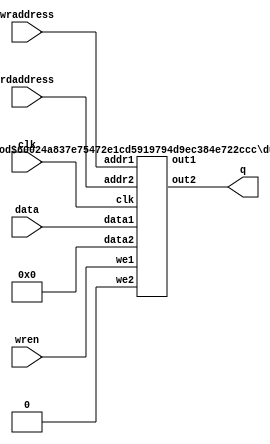
`define TRIG_WIDTH 5'b01010 //10;
`define PIPELINE_DEPTH_UPPER_LIMIT 10'b0100000000 //256;
`define ABSORB_ADDR_WIDTH 6'b010000 //16;
`define ABSORB_WORD_WIDTH 7'b01000000 //64;
`define WSCALE 22'b0111010100101111111111 //1919999;
//`define BIT_WIDTH 7'b0100000
//`define LAYER_WIDTH 6'b000011 
`define LEFTSHIFT 6'b000011         // 2^3=8=1/0.125 where 0.125 = CHANCE of roulette
`define INTCHANCE 32'b00100000000000000000000000000000 //Based on 32 bit rand num generator
`define MIN_WEIGHT 9'b011001000 
`define BIT_WIDTH 7'b0100000
`define LAYER_WIDTH 6'b000011
`define INTMAX 32'b01111111111111111111111111111111
`define INTMIN 32'b10000000000000000000000000000000
`define DIVIDER_LATENCY 6'b011110
`define FINAL_LATENCY 6'b011100
`define MULT_LATENCY 1'b1
`define ASPECT_RATIO 6'b000111
`define TOTAL_LATENCY 7'b0111100
//`define BIT_WIDTH 6'b100000
//`define LAYER_WIDTH 6'b000011
`define LOGSCALEFACTOR 6'b000101
`define MAXLOG 32'b10110001011100100001011111110111		//Based on 32 bit unsigned rand num generator
`define CONST_MOVE_AMOUNT 15'b110000110101000  //Used for testing purposes only
`define MUTMAX_BITS 6'b001111
//`define BIT_WIDTH 6'b100000
//`define LAYER_WIDTH 6'b000011
//`define INTMAX 32'b01111111111111111111111111111111
//`define INTMIN 32'b10000000000000000000000000000000
//`define BIT_WIDTH 7'b0100000
`define MANTISSA_PRECISION 6'b001010
`define LOG2_BIT_WIDTH 6'b000110
`define LOG2 28'b0101100010111001000010111111
`define NR 10'b0100000000             
`define NZ 10'b0100000000              
`define NR_EXP 5'b01000              //meaning `NR=2^`NR_exp or 2^8=256
`define RGRID_SCLAE_EXP 6'b010101    //2^21 = RGRID_SCALE
`define ZGRID_SCLAE_EXP 6'b010101    //2^21 = ZGRID_SCALE
//`define BIT_WIDTH 7'b0100000
`define BIT_WIDTH_2 8'b01000000
`define WORD_WIDTH 8'b01000000
`define ADDR_WIDTH 6'b010000          //256x256=2^8*2^8=2^16
`define DIV 6'b010100//20;
`define SQRT 5'b01010 //10;
`define LAT 7'b0100101 //DIV + SQRT + 7;
`define INTMAX_2 {32'h3FFFFFFF,32'h00000001}
//`define INTMAX 32'b01111111111111111111111111111111//2147483647;
//`define INTMIN 32'b10000000000000000000000000000001//-2147483647;
`define INTMAXMinus3 32'b01111111111111111111111111111100//2147483644;
`define negINTMAXPlus3 32'b10000000000000000000000000000100//-2147483644;
`define INTMAX_2_ref {32'h3FFFFFFF,32'hFFFFFFFF}
`define SIMULATION_MEMORY

module dual_port_mem_zz (clk, data, rdaddress, wraddress , wren, q);

// 32bit wide
// 13bit address

input clk;
input[31:0] data;
input [12:0] rdaddress;
input [12:0] wraddress;
input wren;
output [31:0] q;


wire const_zero;
wire [31:0] const_zero_data;
wire [31:0] dont_care_out;

assign const_zero = 1'b0;
assign const_zero_data = 32'b00000000000000000000000000000000;
// assign dont_care_out = 32'b00000000000000000000000000000000;

defparam dpram1.ADDR_WIDTH = 13;
defparam dpram1.DATA_WIDTH = 32;	
dual_port_ram dpram1(	
  .clk (clk),
  .we1(wren),
  .we2(const_zero),
  .data1(data),
  .data2(const_zero_data),
  .out1(dont_care_out),
  .out2 (q),
  .addr1(wraddress),
  .addr2(rdaddress));
  
  
  endmodule

module dual_port_ram(
clk,
addr1,
addr2,
data1,
data2,
we1,
we2,
out1,
out2
);

parameter DATA_WIDTH = 256;
parameter ADDR_WIDTH = 10;
input clk;
input [ADDR_WIDTH-1:0] addr1;
input [ADDR_WIDTH-1:0] addr2;
input [DATA_WIDTH-1:0] data1;
input [DATA_WIDTH-1:0] data2;
input we1;
input we2;
output reg [DATA_WIDTH-1:0] out1;
output reg [DATA_WIDTH-1:0] out2;

reg [DATA_WIDTH-1:0] ram[ADDR_WIDTH-1:0];

always @(posedge clk) begin
  if (we1) begin
    ram[addr1] <= data1;
  end
  else begin
    out1 <= ram[addr1];
  end
end

always @(posedge clk) begin
  if (we2) begin
    ram [addr2] <= data2;
  end
  else begin
    out2 <= ram[addr2];
  end
end

endmodule